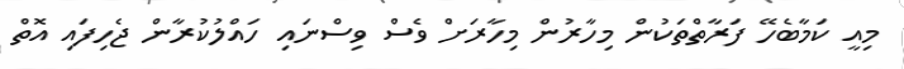
މިއީ ކަމާބެހޭ ފަރާތްތަކުން މިހާރުން މިހާރަށް ވެސް ވިސްނައި ހައްލުކުރާން ޖެހިފައި އޮތް